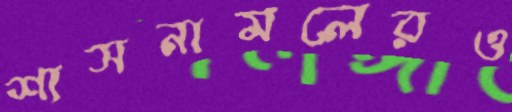
শাসনামলেরও